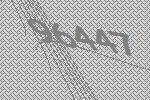
96447